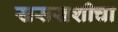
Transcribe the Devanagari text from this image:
खसखशीचा